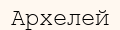
Архелей